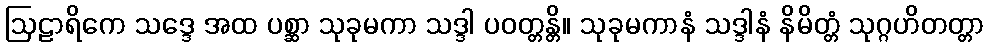
ဩဠာရိကေ သဒ္ဒေ အထ ပစ္ဆာ သုခုမကာ သဒ္ဒါ ပဝတ္တန္တိ။ သုခုမကာနံ သဒ္ဒါနံ နိမိတ္တံ သုဂ္ဂဟိတတ္တာ